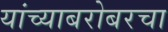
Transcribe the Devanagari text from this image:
यांच्याबरोबरचा